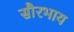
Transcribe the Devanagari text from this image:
सौरभाय